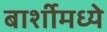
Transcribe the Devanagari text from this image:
बार्शीमध्ये